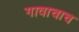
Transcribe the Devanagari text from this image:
गावाचाच